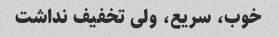
خوب، سریع، ولی تخفیف نداشت